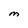
Character: M